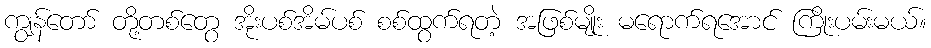
ကျွန်တော် တို့တစ်တွေ အိုးပစ်အိမ်ပစ် စစ်ထွက်ရတဲ့ အဖြစ်မျိုး မရောက်ရအောင် ကြိုးပမ်းမယ်။